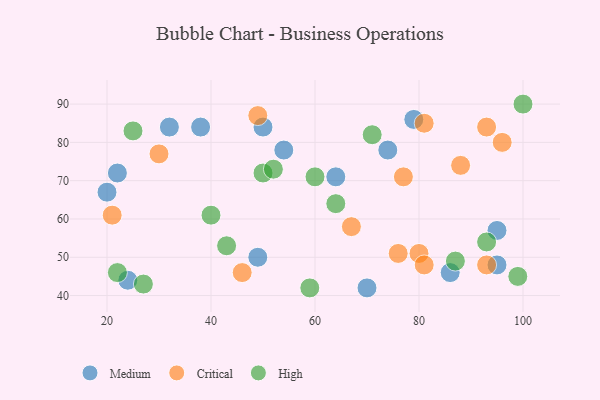
{"axis": {"x": "GDP", "y": "Life Expectancy"}, "legend": ["Critical", "High", "Medium"], "data": [{"x": "64", "y": 71, "type": "Medium"}, {"x": "70", "y": 42, "type": "Medium"}, {"x": "20", "y": 67, "type": "Medium"}, {"x": "86", "y": 46, "type": "Medium"}, {"x": "50", "y": 84, "type": "Medium"}, {"x": "32", "y": 84, "type": "Medium"}, {"x": "95", "y": 48, "type": "Medium"}, {"x": "54", "y": 78, "type": "Medium"}, {"x": "79", "y": 86, "type": "Medium"}, {"x": "49", "y": 50, "type": "Medium"}, {"x": "95", "y": 57, "type": "Medium"}, {"x": "22", "y": 72, "type": "Medium"}, {"x": "38", "y": 84, "type": "Medium"}, {"x": "24", "y": 44, "type": "Medium"}, {"x": "74", "y": 78, "type": "Medium"}, {"x": "21", "y": 61, "type": "Critical"}, {"x": "30", "y": 77, "type": "Critical"}, {"x": "49", "y": 87, "type": "Critical"}, {"x": "93", "y": 48, "type": "Critical"}, {"x": "46", "y": 46, "type": "Critical"}, {"x": "81", "y": 85, "type": "Critical"}, {"x": "77", "y": 71, "type": "Critical"}, {"x": "88", "y": 74, "type": "Critical"}, {"x": "76", "y": 51, "type": "Critical"}, {"x": "80", "y": 51, "type": "Critical"}, {"x": "96", "y": 80, "type": "Critical"}, {"x": "81", "y": 48, "type": "Critical"}, {"x": "67", "y": 58, "type": "Critical"}, {"x": "93", "y": 84, "type": "Critical"}, {"x": "22", "y": 46, "type": "High"}, {"x": "43", "y": 53, "type": "High"}, {"x": "99", "y": 45, "type": "High"}, {"x": "25", "y": 83, "type": "High"}, {"x": "60", "y": 71, "type": "High"}, {"x": "87", "y": 49, "type": "High"}, {"x": "27", "y": 43, "type": "High"}, {"x": "100", "y": 90, "type": "High"}, {"x": "50", "y": 72, "type": "High"}, {"x": "93", "y": 54, "type": "High"}, {"x": "52", "y": 73, "type": "High"}, {"x": "64", "y": 64, "type": "High"}, {"x": "40", "y": 61, "type": "High"}, {"x": "71", "y": 82, "type": "High"}, {"x": "59", "y": 42, "type": "High"}]}